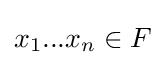
x_{1}...x_{n}\in F